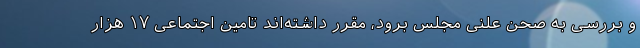
و بررسی به صحن علنی مجلس برود، مقرر داشته‌اند تامین اجتماعی ۱۷ هزار